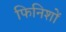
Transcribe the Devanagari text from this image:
फिनिशों